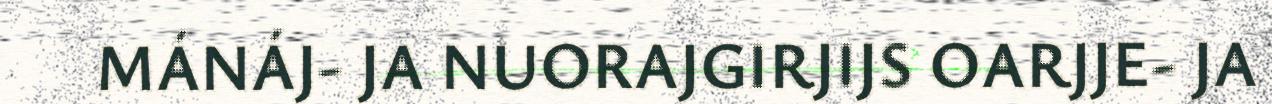
MÁNÁJ- JA NUORAJGIRJIJS OARJJE- JA